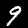
Digit: 9